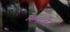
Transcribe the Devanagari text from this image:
फ़ेल्टरे